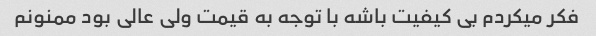
فکر میکردم بی کیفیت باشه با توجه به قیمت ولی عالی بود ممنونم